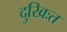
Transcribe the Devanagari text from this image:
दुखिःत